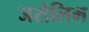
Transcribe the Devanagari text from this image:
जरोलिम